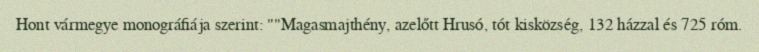
Hont vármegye monográfiája szerint: ""Magasmajthény, azelőtt Hrusó, tót kisközség, 132 házzal és 725 róm.